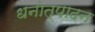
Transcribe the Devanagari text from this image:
धनोत्पादन